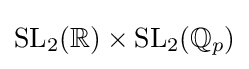
\mathrm {SL} _{2}(\mathbb {R} )\times \mathrm {SL} _{2}(\mathbb {Q} _{p})